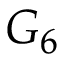
G _ { 6 }